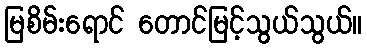
မြစိမ်းရောင် တောင်မြင့်သွယ်သွယ်။